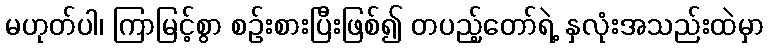
မဟုတ်ပါ၊ ကြာမြင့်စွာ စဉ်းစားပြီးဖြစ်၍ တပည့်တော်ရဲ့ နှလုံးအသည်းထဲမှာ